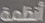
أنظمة